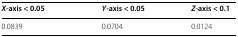
<table><thead><tr><td><b><i>X</i>-axis &lt; 0.05</b></td><td><b><i>Y</i>-axis &lt; 0.05</b></td><td><b><i>Z</i>-axis &lt; 0.1</b></td></tr></thead><tbody><tr><td>0.0839</td><td>0.0704</td><td>0.0124</td></tr></tbody></table>